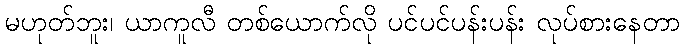
မဟုတ်ဘူး၊ ယာကူလီ တစ်ယောက်လို ပင်ပင်ပန်းပန်း လုပ်စားနေတာ